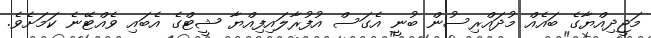
މަޖީދިއްޔާގެ ބައެއް މުދައްރިސުން ބުނީ އެގަސް އުފުރާލައިފިއްޔާ ޝީޓްގެ އެބައި ވެއްޓޭނެ ކަމަށެވެ.